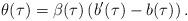
LaTeX: \begin{align*}\theta(\tau) = \beta(\tau)\left( b'(\tau) - b(\tau) \right).\end{align*}